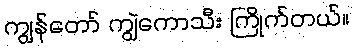
ကျွန်တော် ကျွဲကောသီး ကြိုက်တယ်။